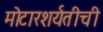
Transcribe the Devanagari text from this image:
मोटारशर्यतीची